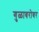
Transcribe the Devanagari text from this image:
गुळाबरोबर